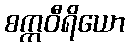
စက္ကဝီရိယော